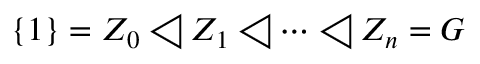
\{ 1 \} = Z _ { 0 } \triangleleft Z _ { 1 } \triangleleft \dots \triangleleft Z _ { n } = G